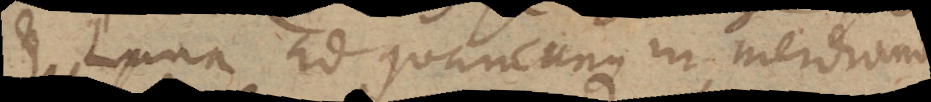
et Luna ad quancunque in meridiano